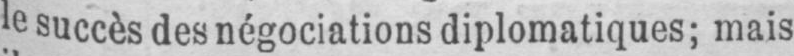
le succès des négociations diplomatiques; mais